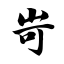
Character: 岢